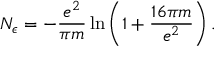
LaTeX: N _ { \epsilon } = - \frac { e ^ { 2 } } { \pi m } \ln \left( 1 + \frac { 1 6 \pi m } { e ^ { 2 } } \right) .